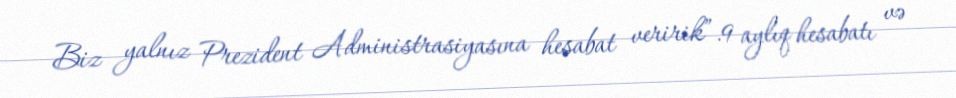
Biz yalnız Prezident Administrasiyasına hesabat veririk”.9 aylıq hesabatı və